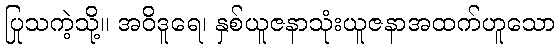
ပြုသကဲ့သို့။ အဝိဒူရေ၊ နှစ်ယူဇနာသုံးယူဇနာအထက်ဟူသော